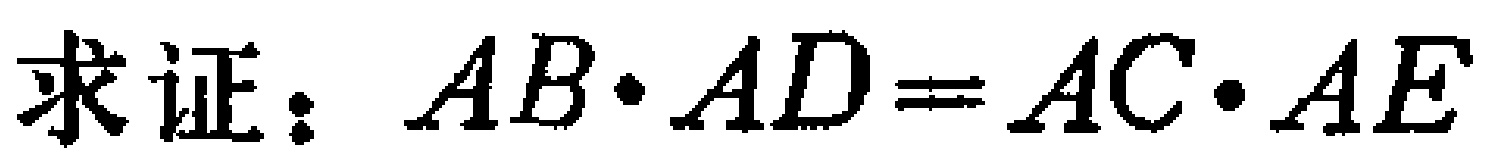
求证：\(AB\cdot AD = AC\cdot AE\)